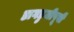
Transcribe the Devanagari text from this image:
डागडुजीपूर्वी